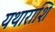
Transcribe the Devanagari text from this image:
यथाराशि